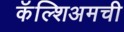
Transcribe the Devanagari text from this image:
कॅल्शिअमची